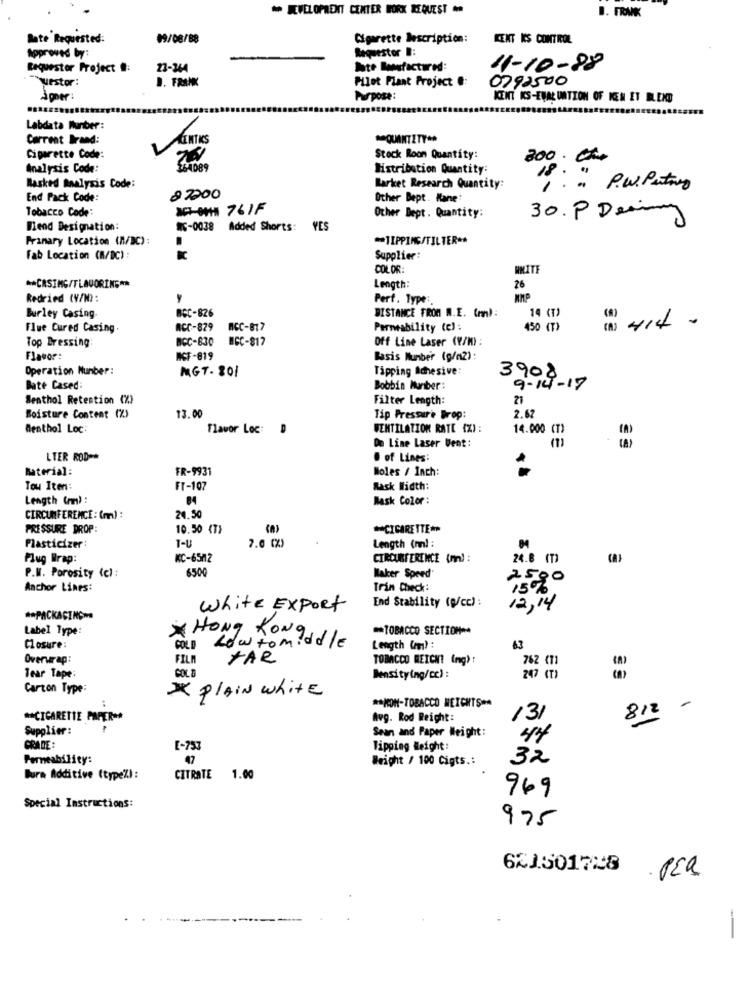
DEVELOPMENT CENTER WORK REQUEST
B. FRANK
Rate Requested:
09/08/88
Cigarette Description:
CENT KS CONTROL
Approved by:
Requestor .:
Requestor Project .:
23-244
lote Mafactured:
11-10-88
uestor:
J. FRANK
Pilot Fiant Project .:
0792500
Apper:
Purpose:
KENT KS-EVALUATION OF KEN ET BLEND
Labdata Munber:
Carrent Brand:
QUANTITY **
Cigarette Code:
Stock Room Quantity:
200. 000
Analysis Code:
Distribution Quantity:
Masked Analysis Code:
Market Research Quantity:
18: : P.W. Paturs
End Pack Code:
82200
Other Bept. Kane:
Tobacco Code:
NC- 761F
Other Dept. Quantity:
30. P Dering
Wend Designation:
WE-0038
Added Shorts: YES
Primary Location (M/BC):
** TIPPING/TILTER **
Fab Location (M/DC):
Supplier:
COLOR
WHITE
** CASING/FLAVORING **
Length:
26
Redried (V/N):
y
Perf. Type :.
Burley Casing.
BCC-826
14 (T)
DISTANCE FROM N.E. (mm):
414
Flue Cured Casing.
ACC-829
ACC-817
Permeability (e):
450 (T)
Top Dressing:
BCC-630
BGC-817
Off Line Laser (V/M) :
Flavor:
WCF-819
Basis Munber (g/m2):
Operation Number:
MGT. 201
Tipping Adhesive:
3908
Bate Cased
Bobbin Muniber:
9-14 - 17
Menthol Retention (%)
Filter Length:
21
Boisture Content (%)
13.00
Tip Pressure Drop:
2.67
Menthol Loc:
Flavor Loc:
WENTILATION RATE (%) :
14.000 (T)
De Line Laser Uent :
m
LTER ROD -*
. of Lines:
material:
FR-9931
Boles / Inch:
Tou Iten:
FT-10
Mask Width:
Length (rm) :
Mask Color :
CIRCUMFERENCE : (m) :
20.50
PRESSURE DROP:
10.50 (T)
** CIGARETTE **
7.0 (%)
Plasticizer :
T-U
Length (ml :
Plug Wrap:
KC-65/2
CIRCUMFERENCE (m) :
24.8 (T)
P.M. Porosity (c) :
6500
Maker Speed
2500
Anchor Lines:
Trin Check:
15%
End Stability (@/cc) :
White EXPORT
12,14
** PACKAGING-
Label Type:
** TOBACCO SECTION **
HONG KONG
COLD howtomiddle
Closure:
Length (n) :
63
Overwrap:
FILM
TAR
TOBACCO REICHT (mg) :
762 (71
Tear Tape:
COL a
Densitying/cc) :
247 (T)
Carton Type:
PLAIN white
** NON-TOBACCO WEICHTŞ **
812 -
** CIGARETTE PAPER **
Avg. Rod Reight:
131
Supplier :
Sean and Paper Weight:
44
GRADE
E-753
Tipping Weight:
Permeability:
Weight / 100 Cigts .:
32
Bura Additive (typeZ):
CITRATE 1.00
969
Special Instructions:
975
621501728
. PER